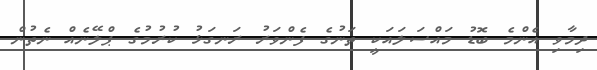
ދިމާވި އެންމެ ބޮޑު މައްސަލައަކީ ތަނުގެ ފެންވަރު ރަނގަޅު ކުރުމުގެ ޕްލޭނެއް ނެތުން